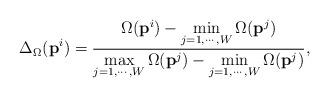
LaTeX: \begin{align*}{\Delta_\Omega}({\textbf{p}}^i) = \frac{{\Omega({\textbf{p}}^i) - \mathop {\min }\limits_{j = 1, \cdots ,W}\Omega({\textbf{p}}^j)}}{{\mathop {\max }\limits_{j = 1, \cdots ,W}\Omega({\textbf{p}}^j) - \mathop {\min}\limits_{j = 1, \cdots ,W}\Omega({\textbf{p}}^j)}},\end{align*}